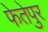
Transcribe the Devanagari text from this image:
फेतेपुर